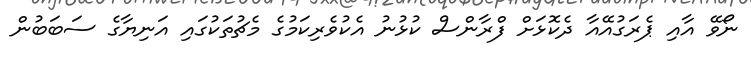
ނޯވޭ އާއި ޕެރަގުއޭއާ ދެކޮޅަށް ފްރާންސް ކުޅުނު އެކުވެރިކަމުގެ މެޗުތަކުގައި އަނިޔާގެ ސަބަބުން